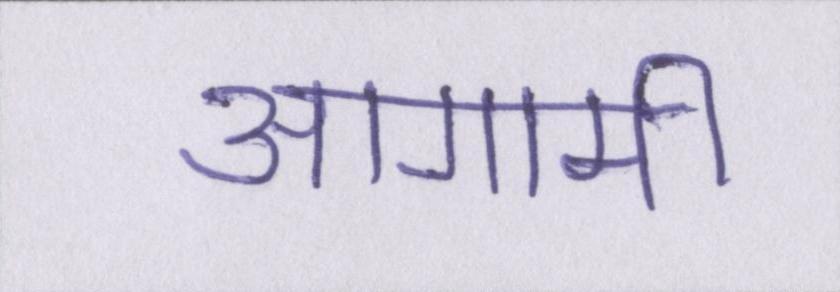
आगामी